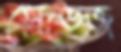
সেভেজ